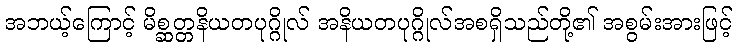
အဘယ့်ကြောင့် မိစ္ဆတ္တနိယတပုဂ္ဂိုလ် အနိယတပုဂ္ဂိုလ်အစရှိသည်တို့၏ အစွမ်းအားဖြင့်